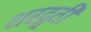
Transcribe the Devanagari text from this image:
शरद्वती